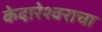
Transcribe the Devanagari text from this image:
केदारेश्वराचा